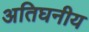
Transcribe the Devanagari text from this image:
अतिघनीय